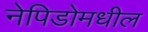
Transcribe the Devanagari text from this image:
नेपिडोमधील